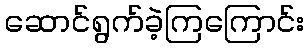
ဆောင်ရွက်ခဲ့ကြကြောင်း